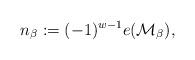
LaTeX: \begin{align*}n_\beta := (-1)^{w-1}e(\mathcal{M}_\beta),\end{align*}